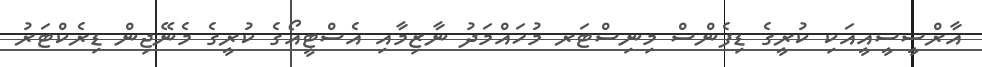
އާރްސީސީއީއަކި ކުރީގެ ޑިފެންސް މިނިސްޓަރ މުހައްމަދު ނާޒިމާއި އެސްޓީއޯގެ ކުރީގެ މެނޭޖިން ޑިރެކްޓަރު